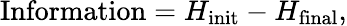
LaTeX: \mathrm{Information}=H_{\mathrm{init}}-H_{\mathrm{final}},